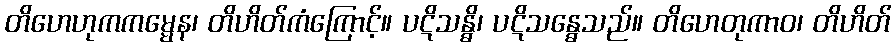
တိဟေဟုကကမ္မေန၊ တိဟိတ်ကံကြောင့်။ ပဋိသန္ဓိ၊ ပဋိသန္ဓေသည်။ တိဟေတုကာဝ၊ တိဟိတ်